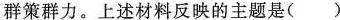
群策群力。上述材料反映的主题是( )